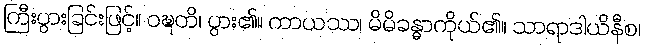
ကြီးပွားခြင်းဖြင့်။ ဝဍ္ဎတိ၊ ပွား၏။ ကာယဿ၊ မိမိခန္ဓာကိုယ်၏။ သာရာဒါယိနီစ၊